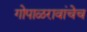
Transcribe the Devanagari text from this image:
गोपाळरावांचेच